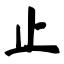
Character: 止